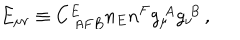
E _ { \mu \nu } \equiv C _ { ~ A F B } ^ { E } n _ { E } n ^ { F } g _ { \mu } ^ { ~ A } g _ { \nu } ^ { ~ B } \, ,